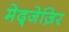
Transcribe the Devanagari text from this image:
मेद्जेज़िर